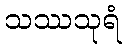
သဿသုရံ